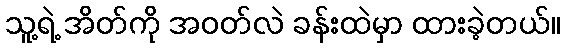
သူ့ရဲ့ အိတ်ကို အဝတ်လဲ ခန်းထဲမှာ ထားခဲ့တယ်။